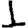
Digit: 1